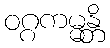
ဝဂ္ဂကမ္မန္တိ